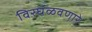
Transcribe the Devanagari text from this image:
विरघळवणारे